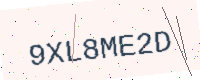
Text: 9XL8ME2D